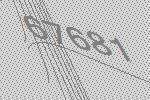
67681